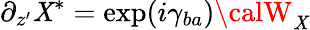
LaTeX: \partial_{z^{\prime}}\mathit{X}^{*}=\exp(i\gamma_{ba}){\calW}_{\mathit{X}}